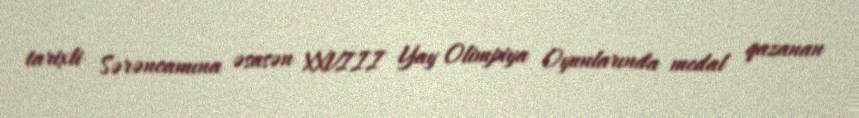
tarixli Sərəncamına əsasən XXVIII Yay Olimpiya Oyunlarında medal qazanan